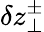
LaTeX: \delta z_{\perp}^{\pm}